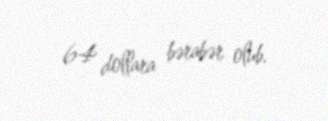
64 dollara bərabər olub.